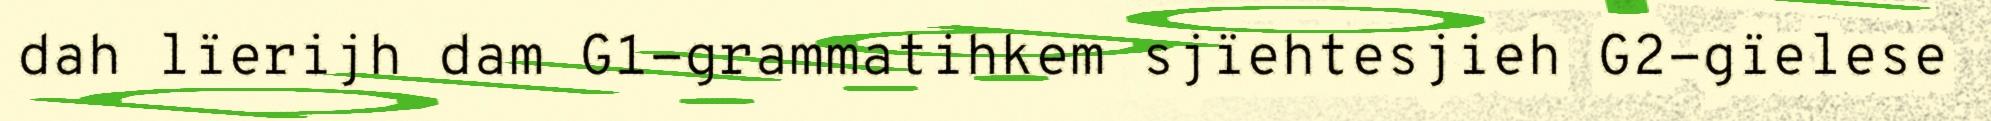
dah lïerijh dam G1-grammatihkem sjïehtesjieh G2-gïelese